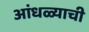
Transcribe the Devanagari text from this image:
आंधळ्याची